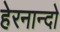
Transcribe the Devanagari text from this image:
हेरनान्दो